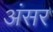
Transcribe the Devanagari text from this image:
अंसर